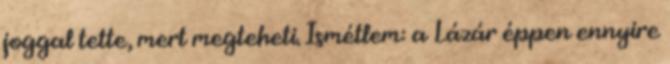
joggal tette, mert megteheti. Ismétlem: a Lázár éppen ennyire